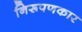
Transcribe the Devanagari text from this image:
निरूपणकार